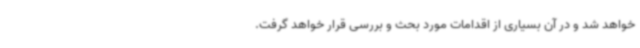
خواهد شد و در آن بسیاری از اقدامات مورد بحث و بررسی قرار خواهد گرفت.